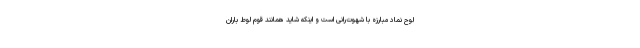
لوح نماد مبارزه با شهوت‌رانی است و اینکه شاید همانند قوم لوط باران